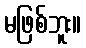
မဖြစ်ဘူး။